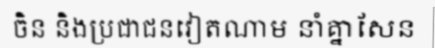
ចិន និងប្រជាជនវៀតណាម នាំគ្នាសែន